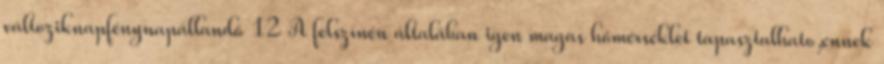
változiknapfénynapállandó 12 A felszínén általában igen magas hőmérséklet tapasztalhato,ennek